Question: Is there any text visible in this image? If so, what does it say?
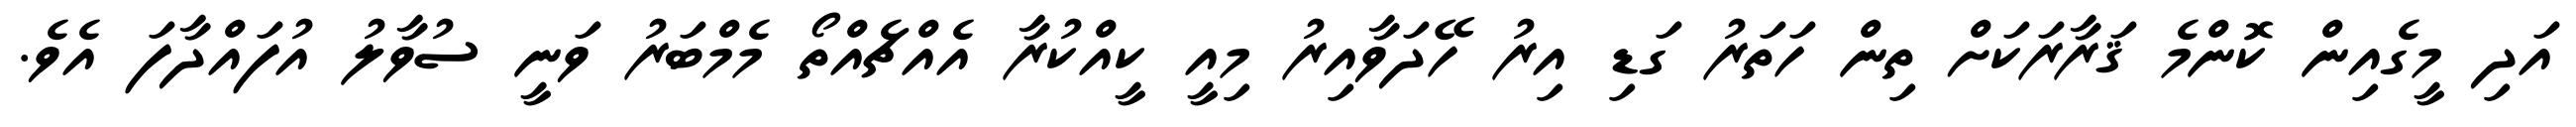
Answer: އަދި މީގެއިން ކޮންމެ ޤަރާރަކަށް ތިން ހަތަރު ގަޑި އިރު ހޭދަވާއިރު މިއީ ކީއްކުރާ އެއްޗެއްތޯ މެމްބަރު ވަނީ ސުވާލު އުފައްދާފަ އެވެ.